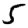
Digit: 5